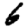
Digit: 6